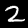
Label: 2